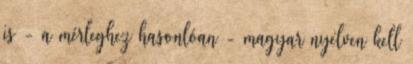
is - a mérleghez hasonlóan - magyar nyelven kell